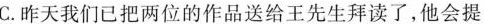
C.昨天我们已把两位的作品送给王先生拜读了，他会提